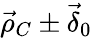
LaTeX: \vec{\rho}_{C}\pm\vec{\delta}_{0}